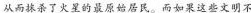
从而抹杀了火星的最原始居民。而如果这些文明不